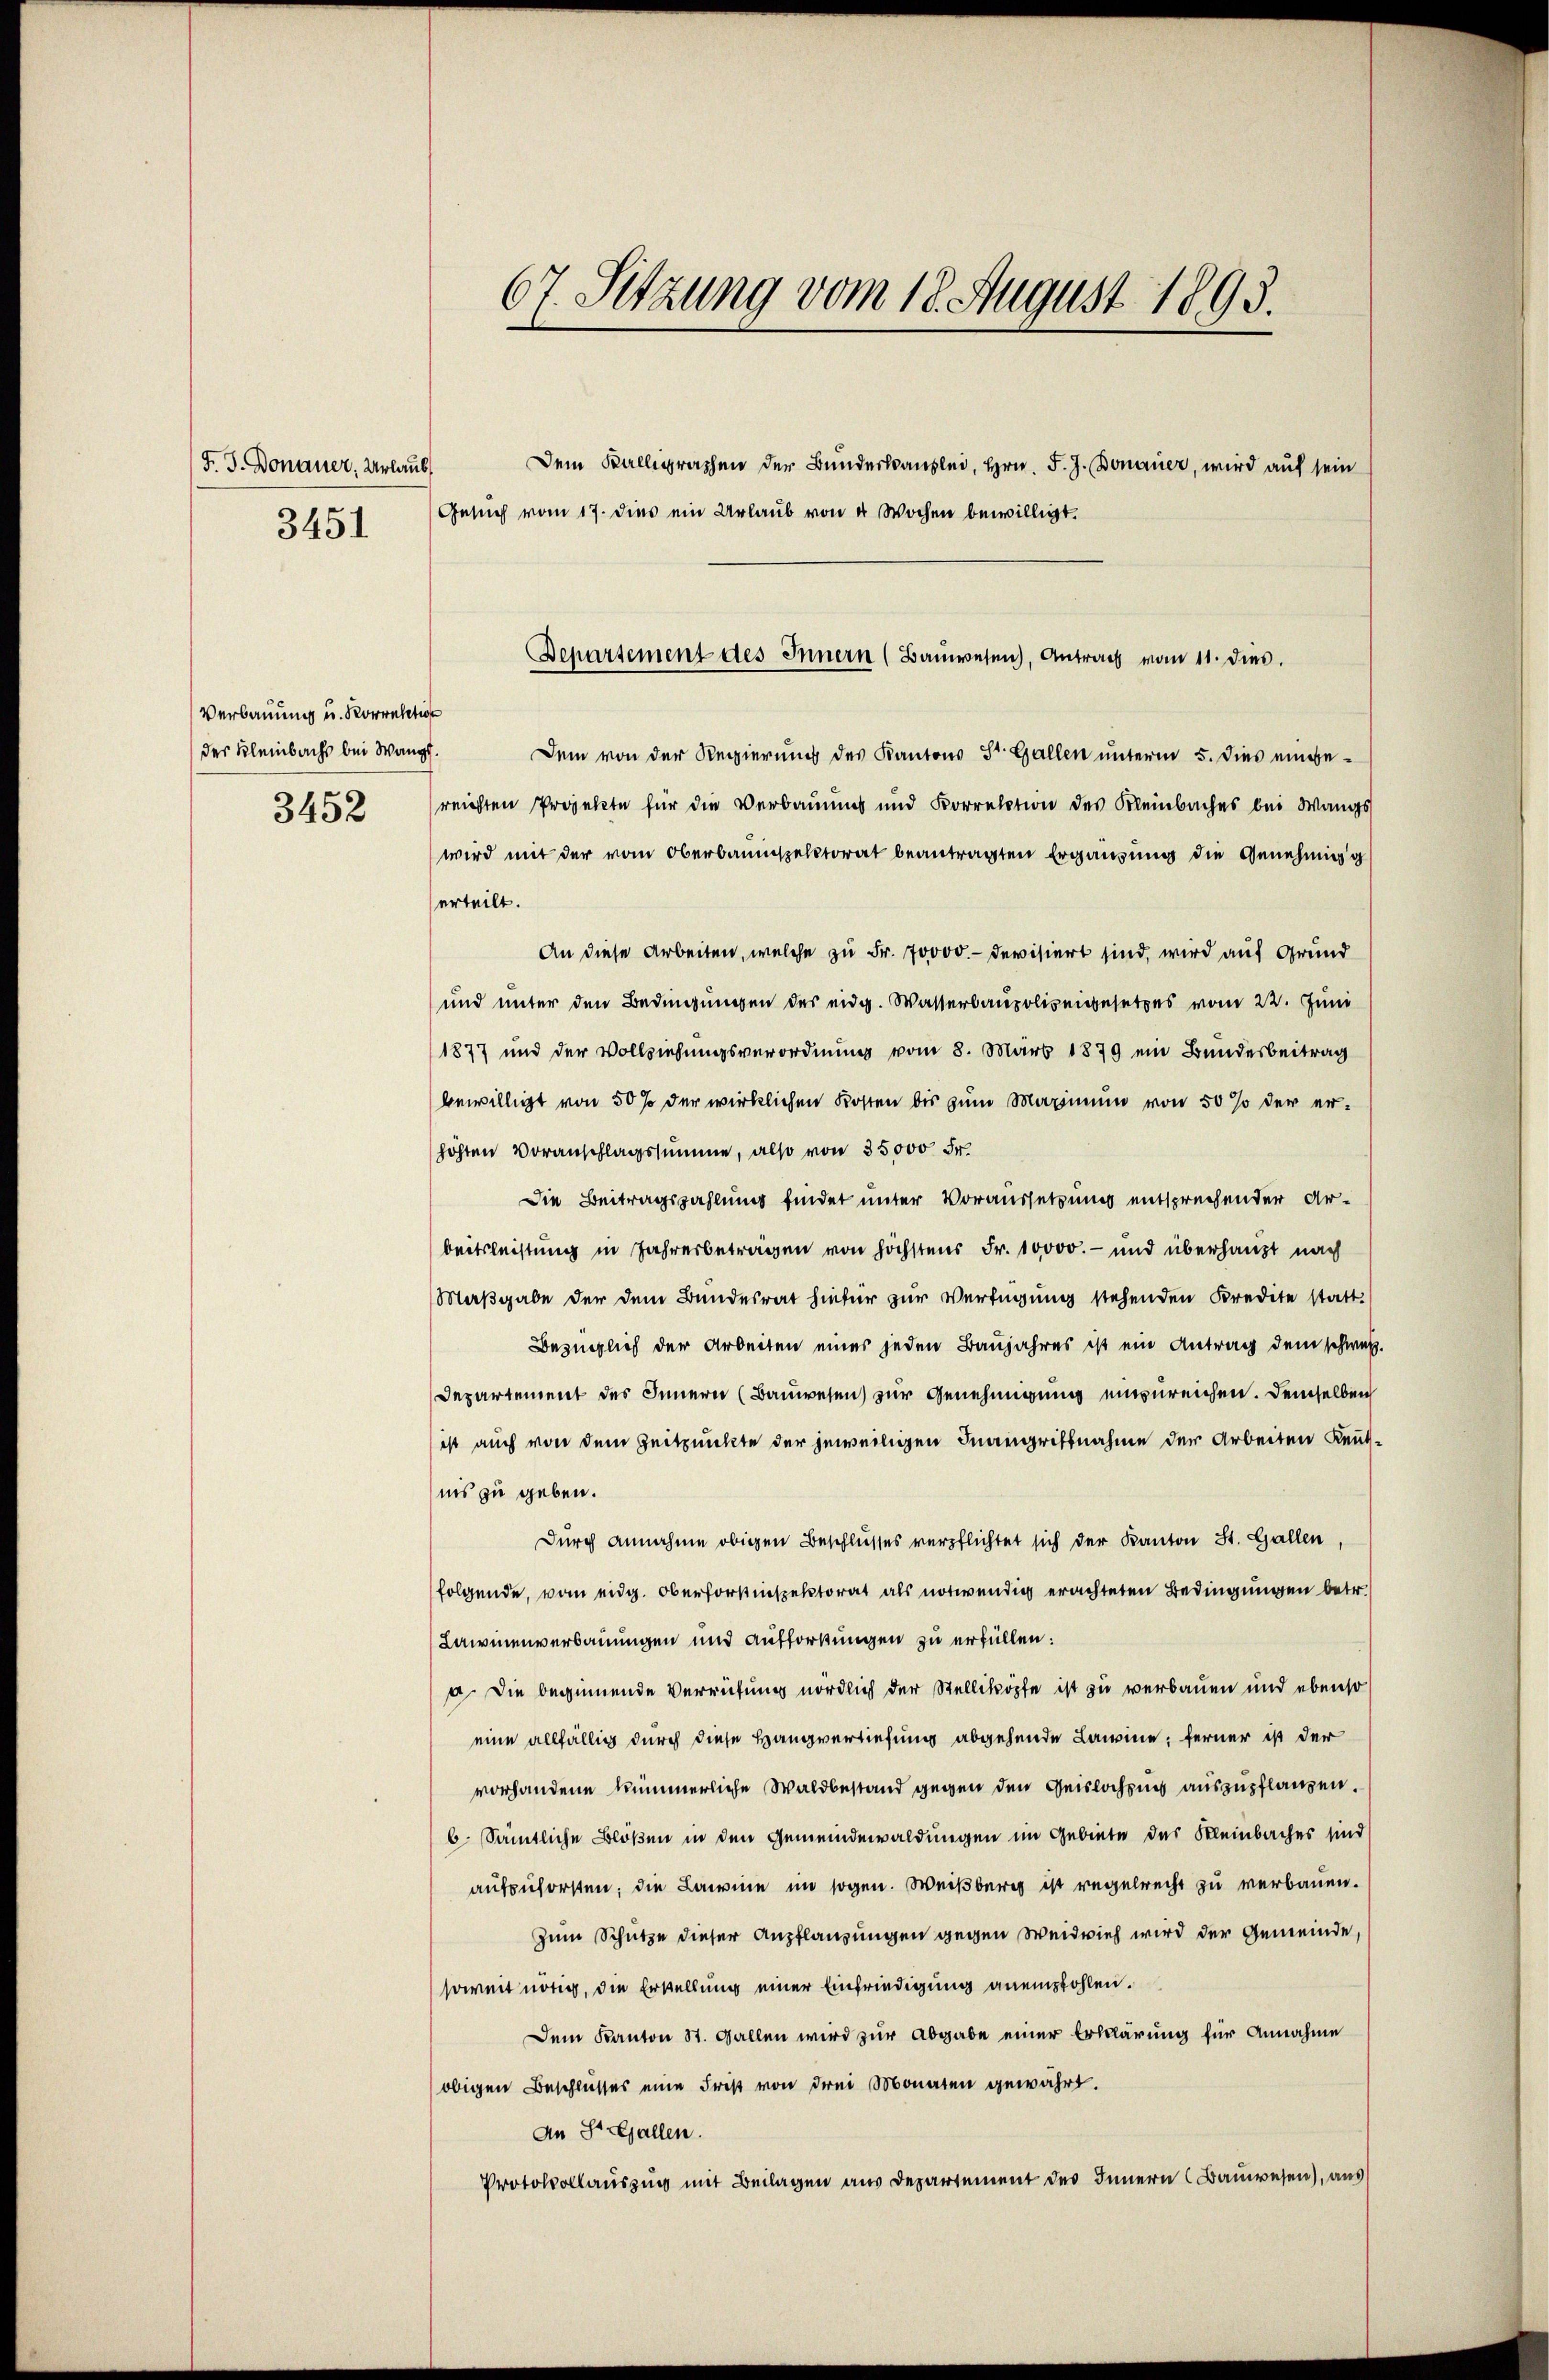
F. J. Donauer, Urlaub
3451

Verbauung u. Korrektion
des Kleinbachs bei Wang
3452

Dem von der Regierung des Kantons St. Gallen unterm 5. dies eingereichten Projekte für die Verbauung und Korrektion des Kleinbaches bei Wangs
wird mit der vom Oberbaumspelstorat beantragten Ergänzung die Genehmigg
erteilt.
An diese Arbeiten, welche zu Fr. 70000.- devisiert sind, wird auf Grund
und unter den Bedingungen des eidg. Wasserbaupolizeigesetzes vom 22. Juni
1877 und der Vollziehungsverordnung vom 8. März 1879 ein Bundesbeitrag
bewilligt von 50 % der wirklichen Kosten bis zum Maximum von 50 % der erhöhten Voranschlagssumme, also von 35000 Fr.
Die Beitragszahlung findet unter Voraussetzung entsprechender Arbeitsleistung in Jahresbetragen von höchstens Fr. 10000.- und überhaupt nach
Maßgabe der dem Bundesrat hiefür zur Verfügung stehenden Kredite statt.
Bezüglich der Arbeiten eines jeden Baujahres ist ein Antrag dem schwer.
Departement des Innern (Bauwesen zur Genehmigung einzureichen. Demselben
ist auch von dem Zeitpunkte der jeweiligen Inangriffnahme der Arbeiten Reutins zu geben.
Durch annahme obigen Beschlusses verpflichtet sich der Kanton St. Gallen,
folgende, vom eidg. Oberforstinspektorat als notwendig erachteten Bedingungen betr.
Lawinenverbauungen und Auffordungen zu erfüllen:
a. Die beginnende Verrufung nördlich der Stelliköpfe ist zu verbauen und ebenso
eine allfällig durch diese Hangvertiefung abgehende Lawine; ferner ist der
vorhandene kümmerliche Waldbestand gegen den Geislochung auszupflangen.
6. Sämtliche Blößen in den Gemeindewaldungen im Gebiete des Kleinbaches sind
aufzuforsten; die Lawine im sogen. Weißberg ist regelrecht zu verbauen.
Zum Schütze dieser Anpflanzungen gegen Weidvieh wird der Gemeinde,
soweit nötig, die Erstellung einer Einfriedigung anempfohlen.
Dem Kanton St. Gallen wird zur Abgabe einer Erklärung für Annahme
obigen Beschlusses eine Frist von drei Monaten gewährt.
An St. Gallen.
Protokollauszug mit Beilagen aus Departement des Innern (Bauwesen), aus

67. Sitzung vom 18. August 1893.

Dem Kalligraphen der Bundeskanzlei, Hrn. F. J. Bonauer, wird auf sein
Gesuch vom 17. dies ein Urlaub von 4 Wochen bewilligt.

Departement des Innern (Bauwesen, Antrag vom 11. dies